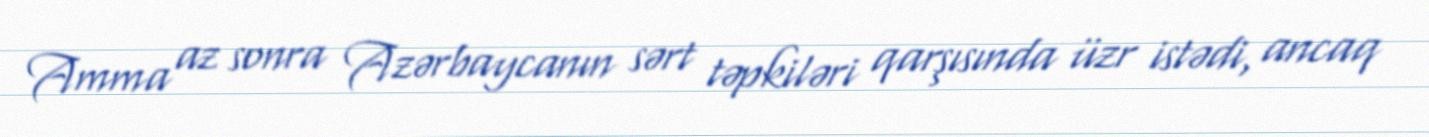
Amma az sonra Azərbaycanın sərt təpkiləri qarşısında üzr istədi, ancaq